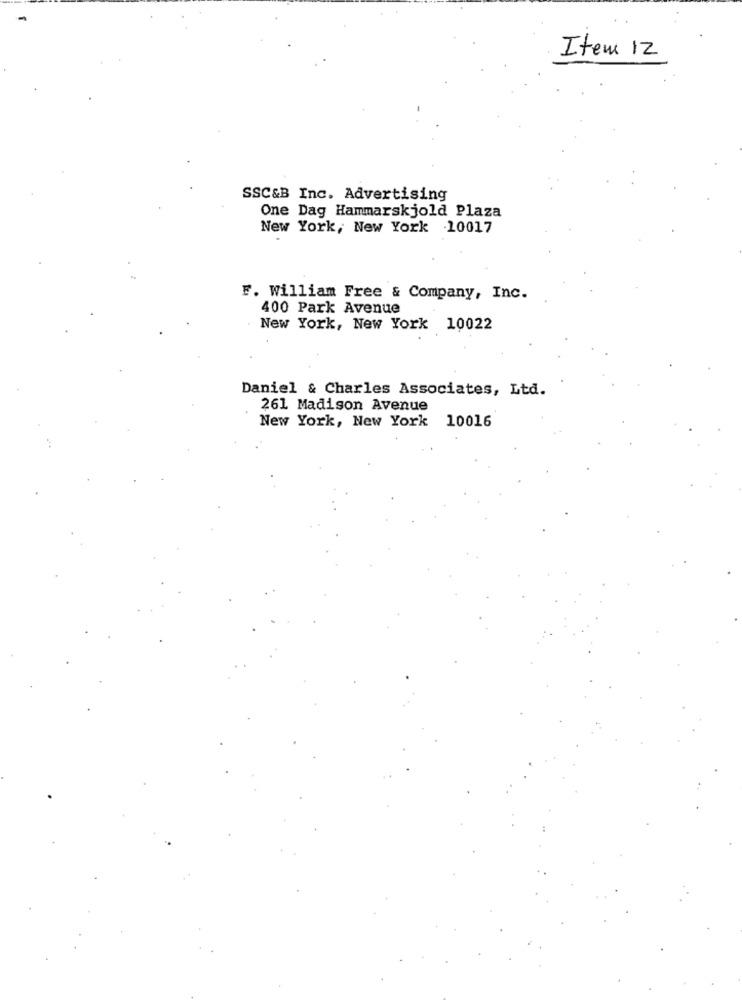
Item 12
SSC&B Inc. Advertising
One Dag Hammarskjold Plaza
New York, New York .10017
F. William Free & Company, Inc.
400 Park Avenue
New York, New York 10022
Daniel & Charles Associates, Ltd.
261 Madison Avenue
New York, New York 10016